Indian journal of veterinary science and animal husbandry - Volume 5,
Year: 1935
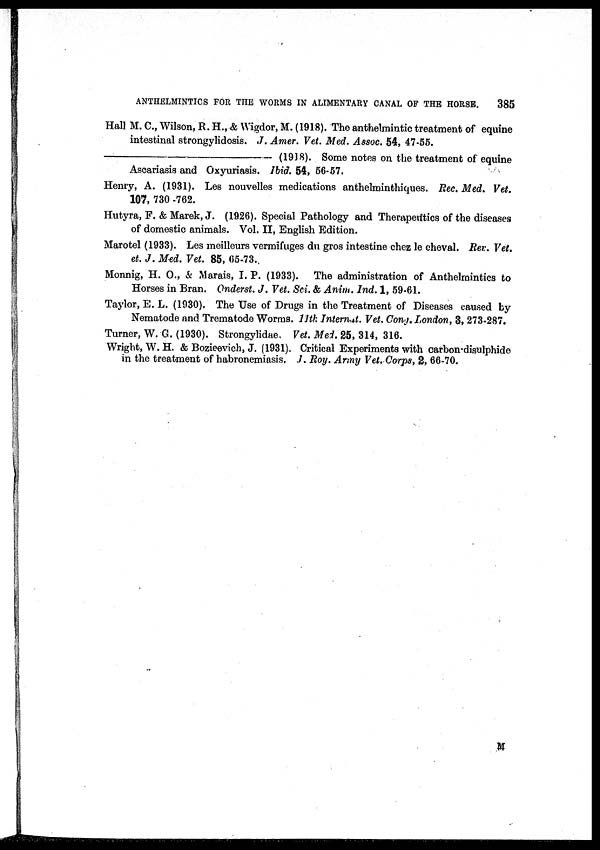
ANTHELMINTICS FOR THE WORMS IN ALIMENTARY CANAL OF THE HORSE.
385
Hall M. C., Wilson, R. H., & Wigdor, M. (1918). The anthelmintic treatment of equine
intestinal strongylidosis. J. Amer. Vet. Med. Assoc. 54, 47-55.
—(1918).
Some notes on the treatment of equine
Ascariasis and Oxyuriasis. Ibid. 54, 56-57.
Henry, A. (1931). Les nouvelles medications anthelminthiques. Rec. Med. Vet.
107, 730 -762.
Hutyra, F. & Marek, J. (1926). Special Pathology and Therapeutics of the diseases
of domestic animals. Vol. II, English Edition.
Marotel (1933). Les meilleurs vermifuges du gros intestine chez le cheval. Rev. Vet.
et. J. Med. Vet. 85, 65-73.
Monnig, H. O., & Marais, I. P. (1933). The administration of Anthelmintics to
Horses in Bran. Onderst. J. Vet. Sci. & Anim. Ind. 1, 59-61.
Taylor, E. L. (1930). The Use of Drugs in the Treatment of Diseases caused by
Nematode and Trematode Worms. 11th Internet. Vet. Cong. London, 3, 273-287.
Turner, W. G. (1930). Strongylidae. Vet. Med. 25, 314, 316.
Wright, W. H. & Bozieevich, J. (1931). Critical Experiments with carbon-disulphide
in the treatment of habronemiasis. J. Roy. Army Vet. Corps, 2, 66-70.
M